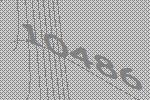
10486